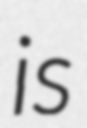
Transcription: is